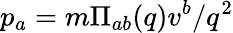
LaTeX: p_{a}=m\Pi_{ab}(q)v^{b}/q^{2}